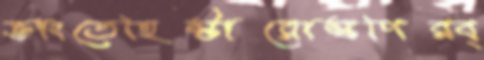
ভাংতেহিস্টারোস্কপিরব্